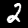
Digit: 2